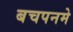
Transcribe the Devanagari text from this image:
बचपनमे